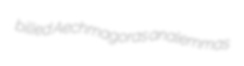
billed Aechmagoras analemmas